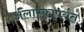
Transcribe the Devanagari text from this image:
अलास्कापर्यंत